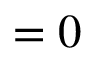
= 0